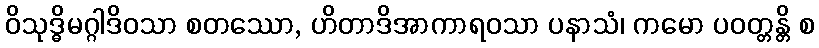
ဝိသုဒ္ဓိမဂ္ဂါဒိဝသာ စတဿော, ဟိတာဒိအာကာရဝသာ ပနာသံ၊ ကမော ပဝတ္တန္တိ စ